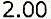
2.00